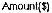
AMOUNT($)